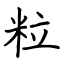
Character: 粒